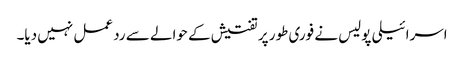
اسرائیلی پولیس نے فوری طور پر تفتیش کے حوالے سے رد عمل نہیں دیا۔